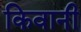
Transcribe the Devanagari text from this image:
किवानी